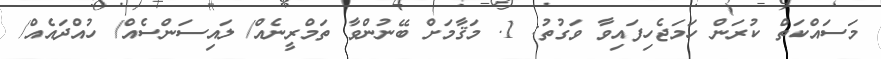
މަސައްކަތް ކުރަން ހަމަޖެހިފައިވާ ވަގުތު: 1. މަޤާމަށް ބޭނުންވާ ތަމްރީނެއް/ ލައިސަންސެއް/ ހުއްދައެއް/